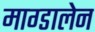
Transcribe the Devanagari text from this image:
माग्डालेन